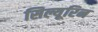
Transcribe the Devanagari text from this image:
सिल्यूरिन